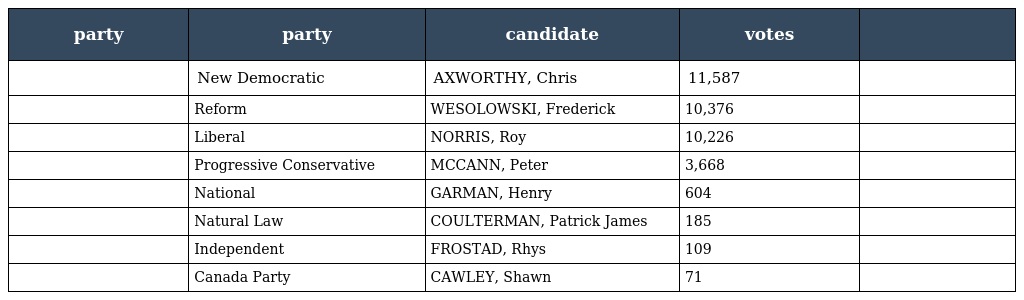
| party | party | candidate | votes |  |
 | --- | --- | --- | --- | --- |
 |  | New Democratic | AXWORTHY, Chris | 11,587 |  |
 |  | Reform | WESOLOWSKI, Frederick | 10,376 |  |
 |  | Liberal | NORRIS, Roy | 10,226 |  |
 |  | Progressive Conservative | MCCANN, Peter | 3,668 |  |
 |  | National | GARMAN, Henry | 604 |  |
 |  | Natural Law | COULTERMAN, Patrick James | 185 |  |
 |  | Independent | FROSTAD, Rhys | 109 |  |
 |  | Canada Party | CAWLEY, Shawn | 71 |  |